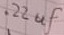
Text: .22µF